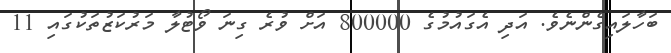
ބަހާލައިގެންނެވެ. އަދި އެގައުމުގެ 800000 އަށް ވުރެ ގިނަ ވޯޓުލާ މަރުކަޒުތަކުގައި 11